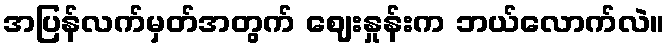
အပြန်လက်မှတ်အတွက် ဈေးနှုန်းက ဘယ်လောက်လဲ။